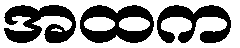
အထက